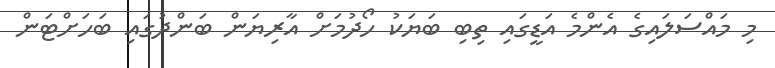
މި މައްސަލައިގެ އެންމެ އަޑީގައި ތިބި ބަޔަކު ހޯދުމަށް އާރިޔަން ބަންދުގައި ބަހަށްޓަން